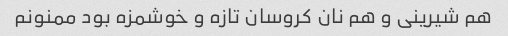
هم شیرینی و هم نان کروسان تازه و خوشمزه بود ممنونم